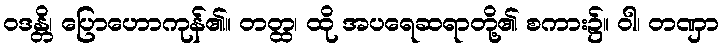
ဝဒန္တိ၊ ပြောဟောကုန်၏။ တတ္ထ၊ ထို အပရေဆရာတို့၏ စကား၌။ ဝါ၊ တဏှာ